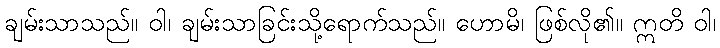
ချမ်းသာသည်။ ဝါ၊ ချမ်းသာခြင်းသို့ရောက်သည်။ ဟောမိ၊ ဖြစ်လို၏။ ဣတိ ဝါ၊